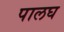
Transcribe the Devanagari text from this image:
पालघ